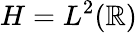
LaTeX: H=L^{2}(\mathbb{R})